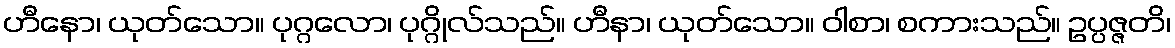
ဟီနော၊ ယုတ်သော။ ပုဂ္ဂလော၊ ပုဂ္ဂိုလ်သည်။ ဟီနာ၊ ယုတ်သော။ ဝါစာ၊ စကားသည်။ ဥပ္ပဇ္ဇတိ၊